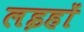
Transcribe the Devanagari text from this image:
लइहों